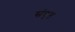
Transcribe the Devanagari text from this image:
संघृत